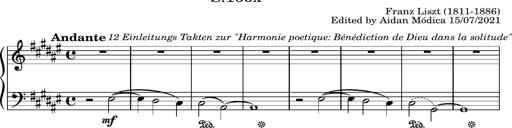
Title: Album-Leaf '12 Einleitungs Takten zur Harmonie poetique: BÃ©nÃ©diction de Dieu dans la solitude', S.166x
Composer: Franz Liszt
Key: F-sharp major